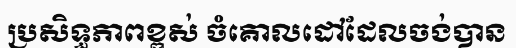
ប្រសិទ្ធភាពខ្ពស់ ចំគោលដៅដែលចង់បាន